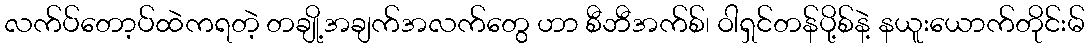
လက်ပ်တော့ပ်ထဲကရတဲ့ တချို့အချက်အလက်တွေ ဟာ စီဘီအက်စ်၊ ဝါရှင်တန်ပို့စ်နဲ့ နယူးယောက်တိုင်းမ်